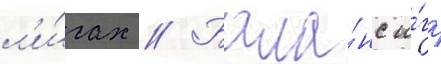
л'и́гах // Бала́нс и́гр